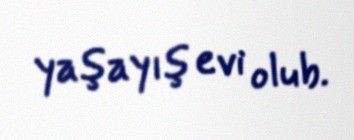
yaşayış evi olub.